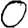
Digit: 0